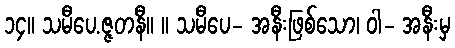
၁၄။ သမီပေ.ဇ္ဇတနီ။ ။ သမီပေ- အနီးဖြစ်သော၊ ဝါ- အနီးမှ